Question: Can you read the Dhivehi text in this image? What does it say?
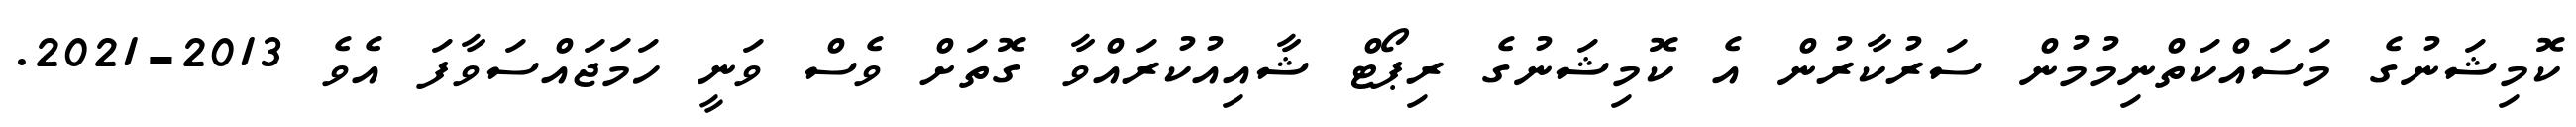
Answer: ކޮމިޝަނުގެ މަސައްކަތްނިމުމުން ސަރުކާރުން އެ ކޮމިޝަނުގެ ރިޕޯޓް ޝާއިއުކުރައްވާ ގޮތަށް ވެސް ވަނީ ހަމަޖައްސަވާފަ އެވެ 2013-2021.